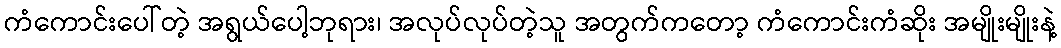
ကံကောင်းပေါ်တဲ့ အရွယ်ပေါ့ဘုရား၊ အလုပ်လုပ်တဲ့သူ အတွက်ကတော့ ကံကောင်းကံဆိုး အမျိုးမျိုးနဲ့